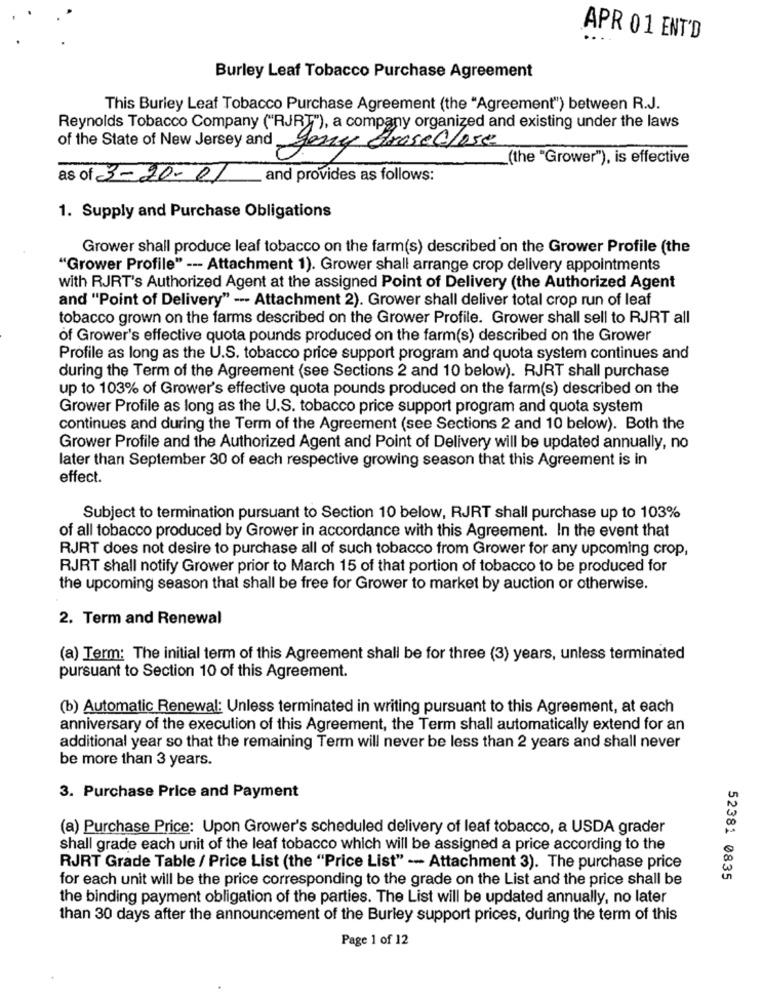
APR 01 ENT'D
Burley Leaf Tobacco Purchase Agreement
This Burley Leaf Tobacco Purchase Agreement (the "Agreement") between R.J.
Reynolds Tobacco Company ("RJRT"), a company organized and existing under the laws
of the State of New Jersey and
geny Brase Close
_(the "Grower"), is effective
as of 3-20-01
and provides as follows:
1. Supply and Purchase Obligations
Grower shall produce leaf tobacco on the farm(s) described on the Grower Profile (the
"Grower Profile" --- Attachment 1). Grower shall arrange crop delivery appointments
with RJRT's Authorized Agent at the assigned Point of Delivery (the Authorized Agent
and "Point of Delivery" --- Attachment 2). Grower shall deliver total crop run of leaf
tobacco grown on the farms described on the Grower Profile. Grower shall sell to RJRT all
of Grower's effective quota pounds produced on the farm(s) described on the Grower
Profile as long as the U.S. tobacco price support program and quota system continues and
during the Term of the Agreement (see Sections 2 and 10 below). RJRT shall purchase
up to 103% of Grower's effective quota pounds produced on the farm(s) described on the
Grower Profile as long as the U.S. tobacco price support program and quota system
continues and during the Term of the Agreement (see Sections 2 and 10 below). Both the
Grower Profile and the Authorized Agent and Point of Delivery will be updated annually, no
later than September 30 of each respective growing season that this Agreement is in
effect.
Subject to termination pursuant to Section 10 below, RJRT shall purchase up to 103%
of all tobacco produced by Grower in accordance with this Agreement. In the event that
RJRT does not desire to purchase all of such tobacco from Grower for any upcoming crop,
RJRT shall notify Grower prior to March 15 of that portion of tobacco to be produced for
the upcoming season that shall be free for Grower to market by auction or otherwise.
2. Term and Renewal
(a) Term: The initial term of this Agreement shall be for three (3) years, unless terminated
pursuant to Section 10 of this Agreement.
(b) Automatic Renewal: Unless terminated in writing pursuant to this Agreement, at each
anniversary of the execution of this Agreement, the Term shall automatically extend for an
additional year so that the remaining Term will never be less than 2 years and shall never
be more than 3 years.
3. Purchase Price and Payment
(a) Purchase Price: Upon Grower's scheduled delivery of leaf tobacco, a USDA grader
shall grade each unit of the leaf tobacco which will be assigned a price according to the
RJRT Grade Table / Price List (the "Price List" -- Attachment 3). The purchase price
for each unit will be the price corresponding to the grade on the List and the price shall be
52381 0835
the binding payment obligation of the parties. The List will be updated annually, no later
than 30 days after the announcement of the Burley support prices, during the term of this
Page 1 of 12